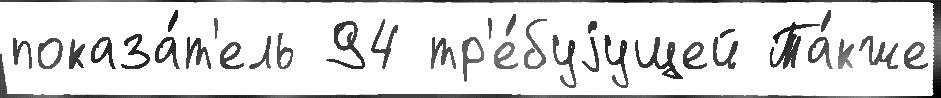
показа́т'ель 94 тр'е́буjущей Та́кже